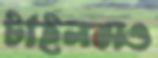
টাইলসও